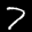
Label: 7